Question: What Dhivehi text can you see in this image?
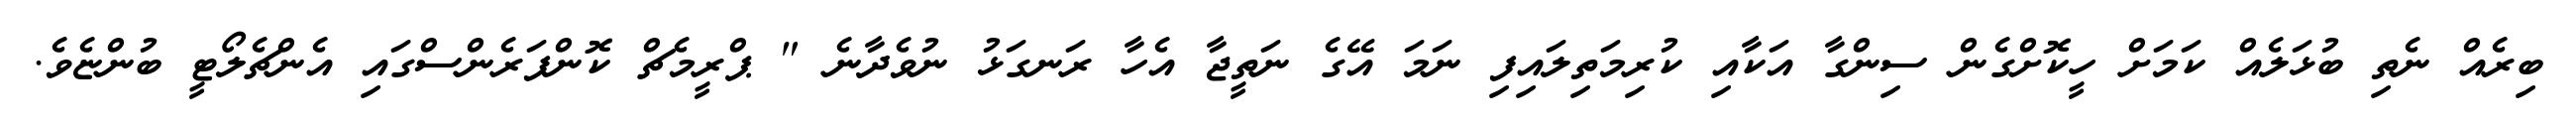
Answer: ބިރެއް ނެތި ބުޅަލެއް ކަމަށް ހީކޮށްގެން ސިންގާ އަކާއި ކުރިމަތިލައިފި ނަމަ އޭގެ ނަތީޖާ އެހާ ރަނގަޅު ނުވެދާނެ " ޕްރީމެޗް ކޮންފަރެންސްގައި އެންޗެލޯޓީ ބުންޏެވެ.